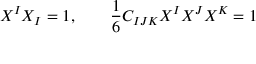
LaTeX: X ^ { I } X _ { I } = 1 , \qquad { \frac { 1 } { 6 } } C _ { I J K } X ^ { I } X ^ { J } X ^ { K } = 1